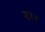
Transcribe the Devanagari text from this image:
शुष्लग्न